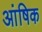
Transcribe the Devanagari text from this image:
आंषिक